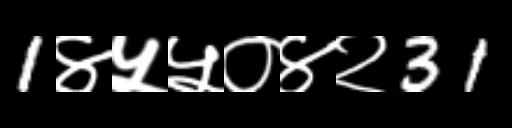
Text: 1४५५०४२31